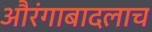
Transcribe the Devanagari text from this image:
औरंगाबादलाच